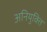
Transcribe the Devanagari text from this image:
अनियुक्ति